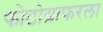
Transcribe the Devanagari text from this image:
फोटोग्राफरला